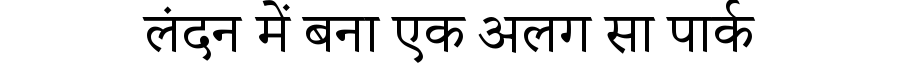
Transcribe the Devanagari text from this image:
लंदन में बना एक अलग सा पार्क